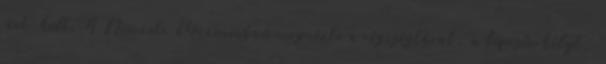
járt-kelt. A Nemzeti Múzeumban megnézte a régiségtárat, a lépcsőerkélyt,